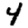
Digit: 4